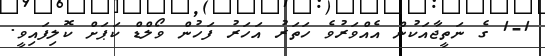
1-1 ގެ ނަތީޖާއަކުން އެއްވަރުވެ ހަތަރު އަހަރު ފަހުން ވޯލްޑް ކަޕަށް ކޮލިފައިވީ.